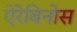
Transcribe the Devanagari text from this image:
ऐरेबिनोस